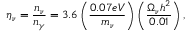
\eta _ { \nu } = \frac { n _ { \nu } } { n _ { \gamma } } = 3 . 6 \left( \frac { 0 . 0 7 e V } { m _ { \nu } } \right) \left( \frac { \Omega _ { \nu } h ^ { 2 } } { 0 . 0 1 } \right) ,